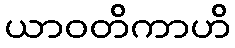
ယာဝတိကာဟိ